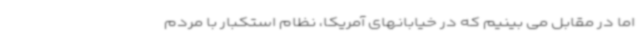
اما در مقابل می بینیم که در خیابانهای آمریکا، نظام استکبار با مردم